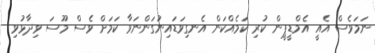
ނަމަވެސް އެއީ އެމްޑީޕީން ކުރި ކަމެއްކަން އެނގިވަޑައިނުގަންނަވާ ކަމަށް ވެސް މޫސަ ވިދާޅުވި